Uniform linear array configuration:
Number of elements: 12
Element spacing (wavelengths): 1
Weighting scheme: uniform
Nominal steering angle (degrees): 15
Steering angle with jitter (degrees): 14.562
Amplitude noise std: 0.05
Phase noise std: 0.05

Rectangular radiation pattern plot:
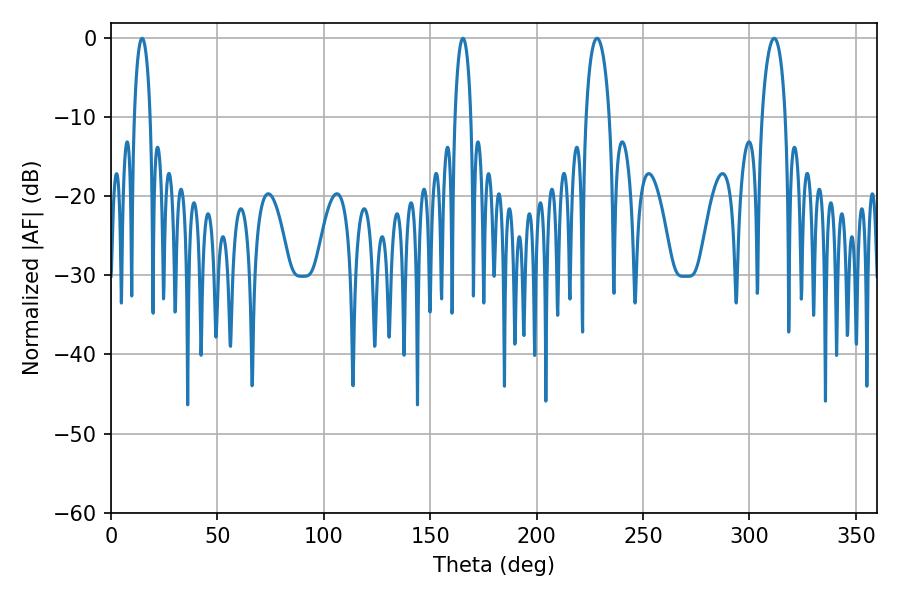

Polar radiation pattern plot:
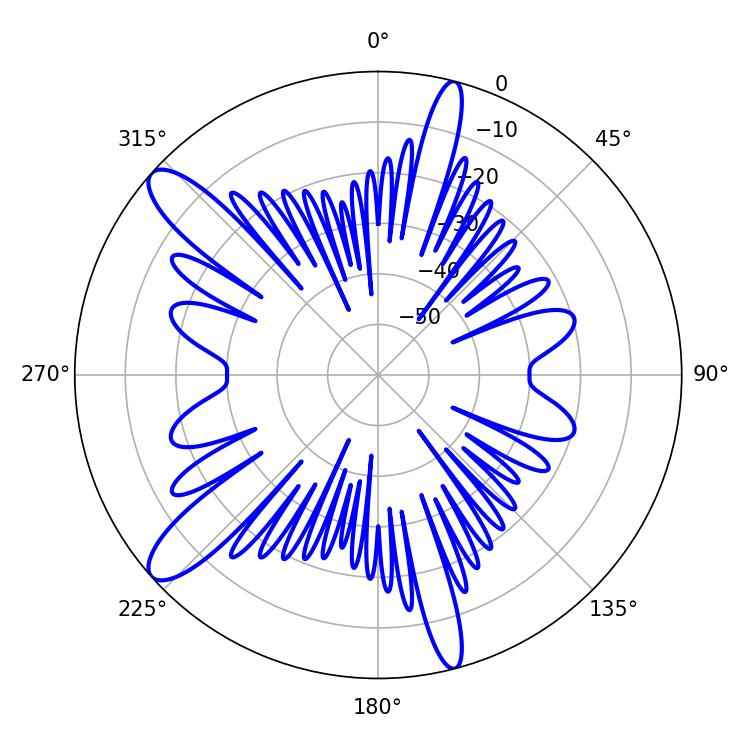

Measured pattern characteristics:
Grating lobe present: TRUE
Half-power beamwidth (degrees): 6.3
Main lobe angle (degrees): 228.42